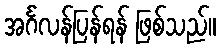
အင်္ဂလန်ပြန်ရန် ဖြစ်သည်။